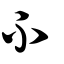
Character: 不